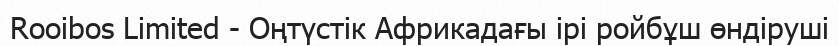
Rooibos Limited - Оңтүстік Африкадағы ірі ройбұш өндіруші